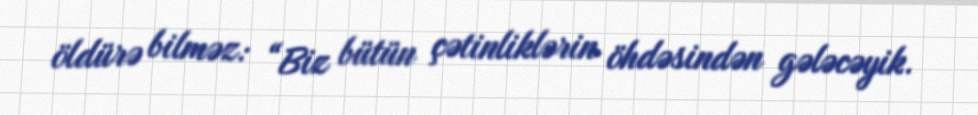
öldürə bilməz: “Biz bütün çətinliklərin öhdəsindən gələcəyik.